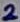
Text: 2